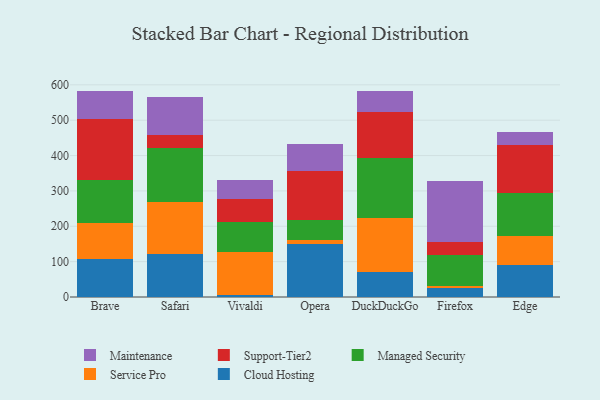
{"axis": {"x": "Browser", "y": "Gross Profit (USD K)"}, "legend": ["Cloud Hosting", "Maintenance", "Managed Security", "Service Pro", "Support-Tier2"], "data": [{"x": "Brave", "y": 108.1, "type": "Cloud Hosting"}, {"x": "Brave", "y": 102.2, "type": "Service Pro"}, {"x": "Brave", "y": 119.4, "type": "Managed Security"}, {"x": "Brave", "y": 174.5, "type": "Support-Tier2"}, {"x": "Brave", "y": 78.3, "type": "Maintenance"}, {"x": "Safari", "y": 122.6, "type": "Cloud Hosting"}, {"x": "Safari", "y": 145.9, "type": "Service Pro"}, {"x": "Safari", "y": 151.8, "type": "Managed Security"}, {"x": "Safari", "y": 38.2, "type": "Support-Tier2"}, {"x": "Safari", "y": 107.7, "type": "Maintenance"}, {"x": "Vivaldi", "y": 6.3, "type": "Cloud Hosting"}, {"x": "Vivaldi", "y": 122.1, "type": "Service Pro"}, {"x": "Vivaldi", "y": 84.6, "type": "Managed Security"}, {"x": "Vivaldi", "y": 64.2, "type": "Support-Tier2"}, {"x": "Vivaldi", "y": 54.3, "type": "Maintenance"}, {"x": "Opera", "y": 150.3, "type": "Cloud Hosting"}, {"x": "Opera", "y": 11.5, "type": "Service Pro"}, {"x": "Opera", "y": 56.8, "type": "Managed Security"}, {"x": "Opera", "y": 138.1, "type": "Support-Tier2"}, {"x": "Opera", "y": 76.2, "type": "Maintenance"}, {"x": "DuckDuckGo", "y": 69.8, "type": "Cloud Hosting"}, {"x": "DuckDuckGo", "y": 152.6, "type": "Service Pro"}, {"x": "DuckDuckGo", "y": 170.2, "type": "Managed Security"}, {"x": "DuckDuckGo", "y": 131.5, "type": "Support-Tier2"}, {"x": "DuckDuckGo", "y": 58.9, "type": "Maintenance"}, {"x": "Firefox", "y": 25.4, "type": "Cloud Hosting"}, {"x": "Firefox", "y": 6.4, "type": "Service Pro"}, {"x": "Firefox", "y": 86.8, "type": "Managed Security"}, {"x": "Firefox", "y": 37.4, "type": "Support-Tier2"}, {"x": "Firefox", "y": 171.4, "type": "Maintenance"}, {"x": "Edge", "y": 89.2, "type": "Cloud Hosting"}, {"x": "Edge", "y": 83.9, "type": "Service Pro"}, {"x": "Edge", "y": 119.7, "type": "Managed Security"}, {"x": "Edge", "y": 136.6, "type": "Support-Tier2"}, {"x": "Edge", "y": 36.4, "type": "Maintenance"}]}